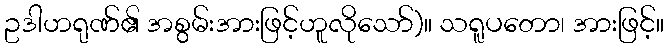
ဥဒါဟရုဏ်၏ အစွမ်းအားဖြင့်ဟူလိုသော်)။ သရူပတော၊ အားဖြင့်။